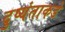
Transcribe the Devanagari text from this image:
दुष्यंताकडे